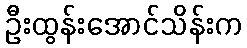
ဦးထွန်းအောင်သိန်းက